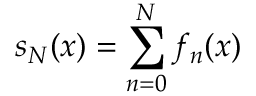
s _ { N } ( x ) = \sum _ { n = 0 } ^ { N } f _ { n } ( x )